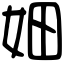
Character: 㚼